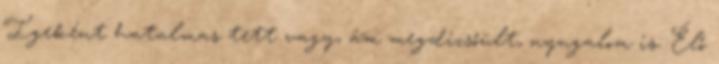
Igeként hatalmas tett vagy, ám megdicsőült, nyugalom is: Élő